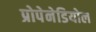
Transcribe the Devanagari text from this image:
प्रोपेनेडियोल